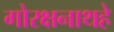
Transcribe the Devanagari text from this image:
गोरक्षनाथहे